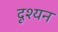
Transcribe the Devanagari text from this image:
दृश्यन